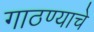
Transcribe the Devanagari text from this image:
गाठण्याचे